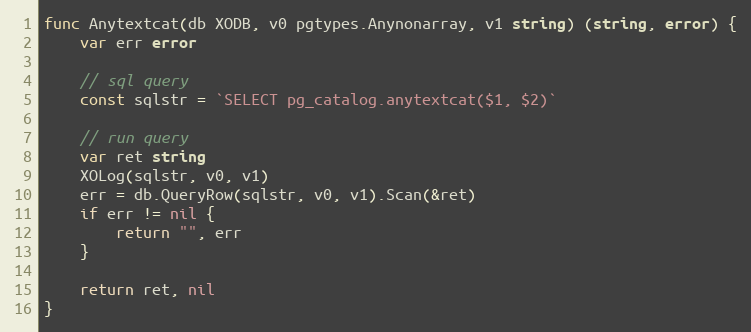
Language: Go
func Anytextcat(db XODB, v0 pgtypes.Anynonarray, v1 string) (string, error) {
	var err error

	// sql query
	const sqlstr = `SELECT pg_catalog.anytextcat($1, $2)`

	// run query
	var ret string
	XOLog(sqlstr, v0, v1)
	err = db.QueryRow(sqlstr, v0, v1).Scan(&ret)
	if err != nil {
		return "", err
	}

	return ret, nil
}